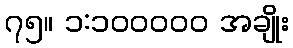
၇၅။ ၁:၁၀၀၀၀၀ အချိုး